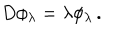
LaTeX: D \phi _ { \lambda } = \lambda \phi _ { \lambda } \, .